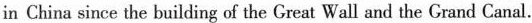
in China since the building of the Great Wall and the Grand Canal.